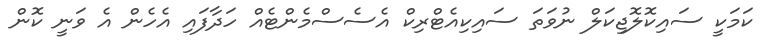
ކަމަކީ ސައިކޮލޮޖިކަލް ނުވަތަ ސައިކިއެޓްރިކް އެސެސްމެންޓެއް ހަދާފައި އެހެން އެ ވަނީ ކޮން